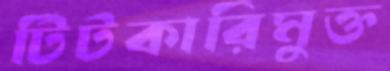
টিটকারিমুক্ত